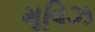
મૂવિઝ